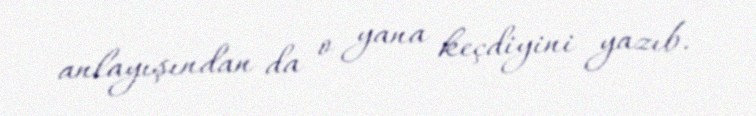
anlayışından da o yana keçdiyini yazıb.